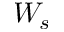
W _ { s }